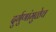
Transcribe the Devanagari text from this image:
दुर्गुणांमुळेच